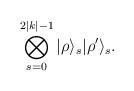
LaTeX: \begin{align*} \bigotimes_{s=0}^{2|k|-1}|\rho\rangle_{s}|\rho'\rangle_{s}.\end{align*}